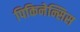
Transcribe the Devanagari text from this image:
पिकिनेन्सिस